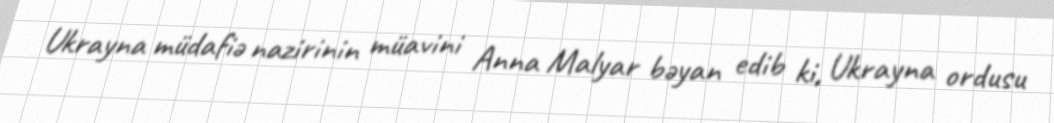
Ukrayna müdafiə nazirinin müavini Anna Malyar bəyan edib ki, Ukrayna ordusu